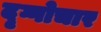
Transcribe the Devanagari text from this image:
दृग्गोचार